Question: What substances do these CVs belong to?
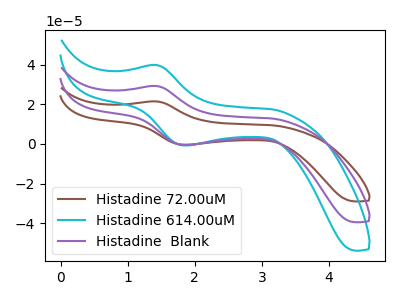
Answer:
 <answer>The brown curve is labeled "Histadine 72.00uM". The cyan curve is labeled "Histadine 614.00uM". The purple curve is labeled "Histadine  Blank".</answer>
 <eval></eval>